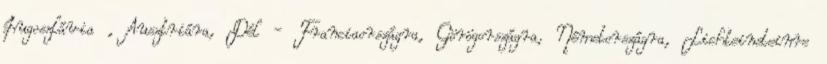
Jugoszlávia , Ausztriára, Dél - Franciaországra, Görögországra, Németországra, Lichteinsteinre